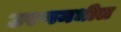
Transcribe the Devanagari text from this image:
उरणमधील